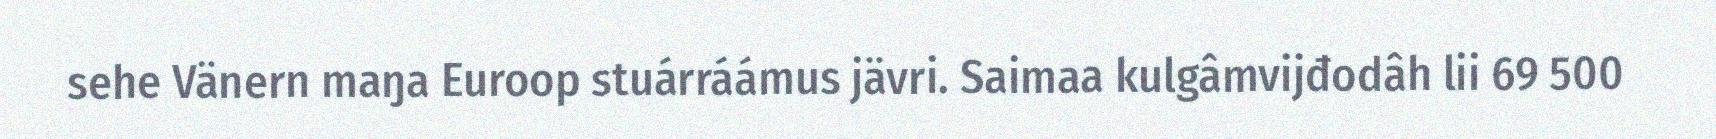
sehe Vänern maŋa Euroop stuárráámus jävri. Saimaa kulgâmvijđodâh lii 69 500